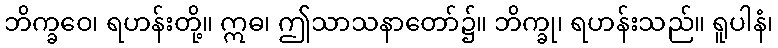
ဘိက္ခဝေ၊ ရဟန်းတို့။ ဣဓ၊ ဤသာသနာတော်၌။ ဘိက္ခု၊ ရဟန်းသည်။ ရူပါနံ၊